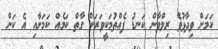
ކަމަށް ވިދާޅުވެ ރިލްވާން ކަނޑު ފެއްތުމަކީވަރަށް ގާތް ކަމެއް ކަމަށާއި އެ ކަން